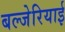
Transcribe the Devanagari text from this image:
बल्जेरियाई